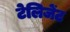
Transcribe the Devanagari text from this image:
टेलिजेंट